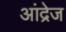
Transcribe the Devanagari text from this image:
आंद्रेज